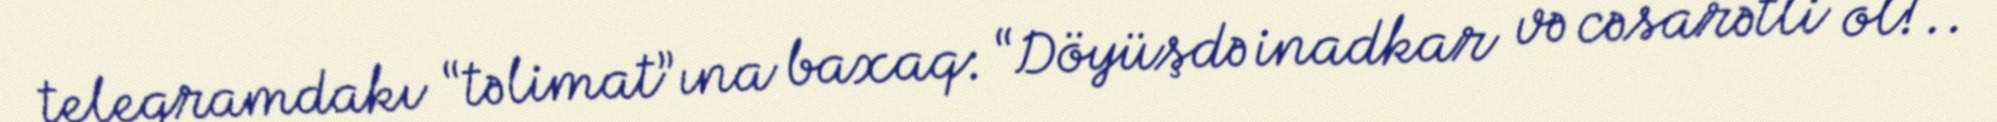
teleqramdakı “təlimat”ına baxaq: “Döyüşdə inadkar və cəsarətli ol!..